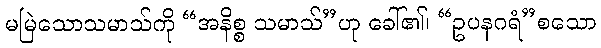
မမြဲသောသမာသ်ကို “အနိစ္စ သမာသ်”ဟု ခေါ်၏၊ “ဥပနဂရံ”စသော